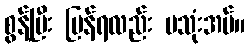
စွန့်ပြီး ပြန်ရလည်း မသုံးအပ်။